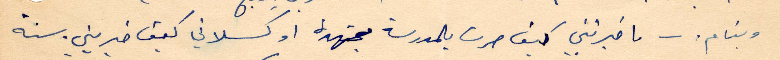
وبنام - ما خبرتني كيف صرت بالمدرسة مجتهدة او كسلاني كيف خبرني سنة